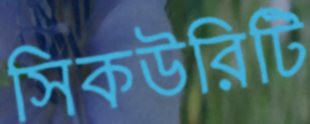
সিকউরিটি